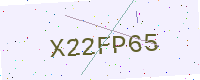
Text: X22FP65